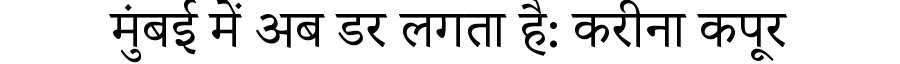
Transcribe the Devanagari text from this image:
मुंबई में अब डर लगता है: करीना कपूर